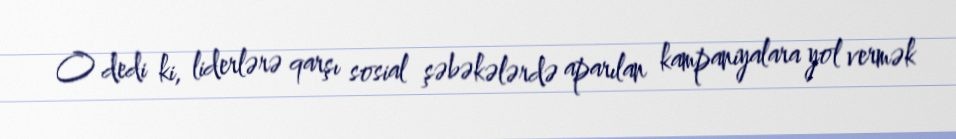
O dedi ki, liderlərə qarşı sosial şəbəkələrdə aparılan kampaniyalara yol vermək